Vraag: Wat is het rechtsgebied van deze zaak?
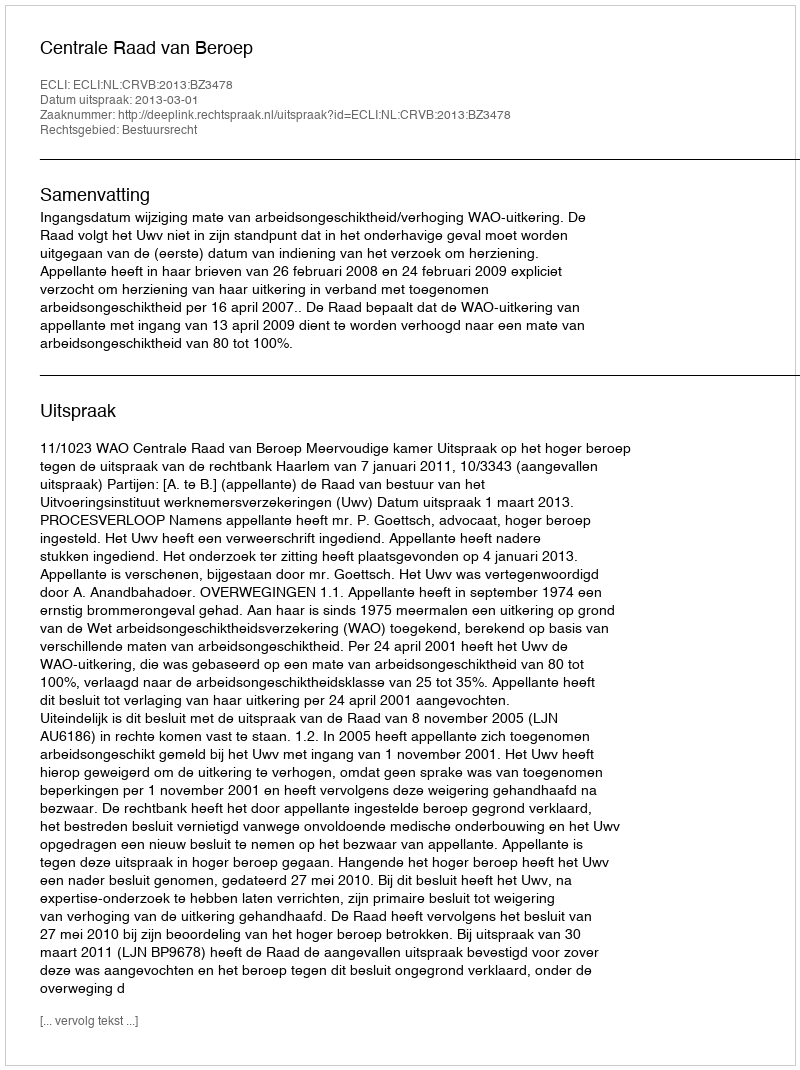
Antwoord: Bestuursrecht